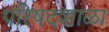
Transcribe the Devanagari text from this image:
परिषदशाळा